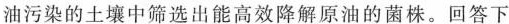
油污染的土壤中筛选出能高效降解原油的菌株。回答下